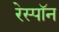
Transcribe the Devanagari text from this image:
रेस्पॉन